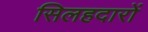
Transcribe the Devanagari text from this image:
सिलहदारों